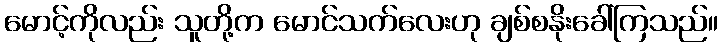
မောင့်ကိုလည်း သူတို့က မောင်သက်လေးဟု ချစ်စနိုးခေါ်ကြသည်။